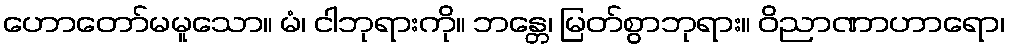
ဟောတော်မမူသော။ မံ၊ ငါဘုရားကို။ ဘန္တေ၊ မြတ်စွာဘုရား။ ဝိညာဏာဟာရော၊